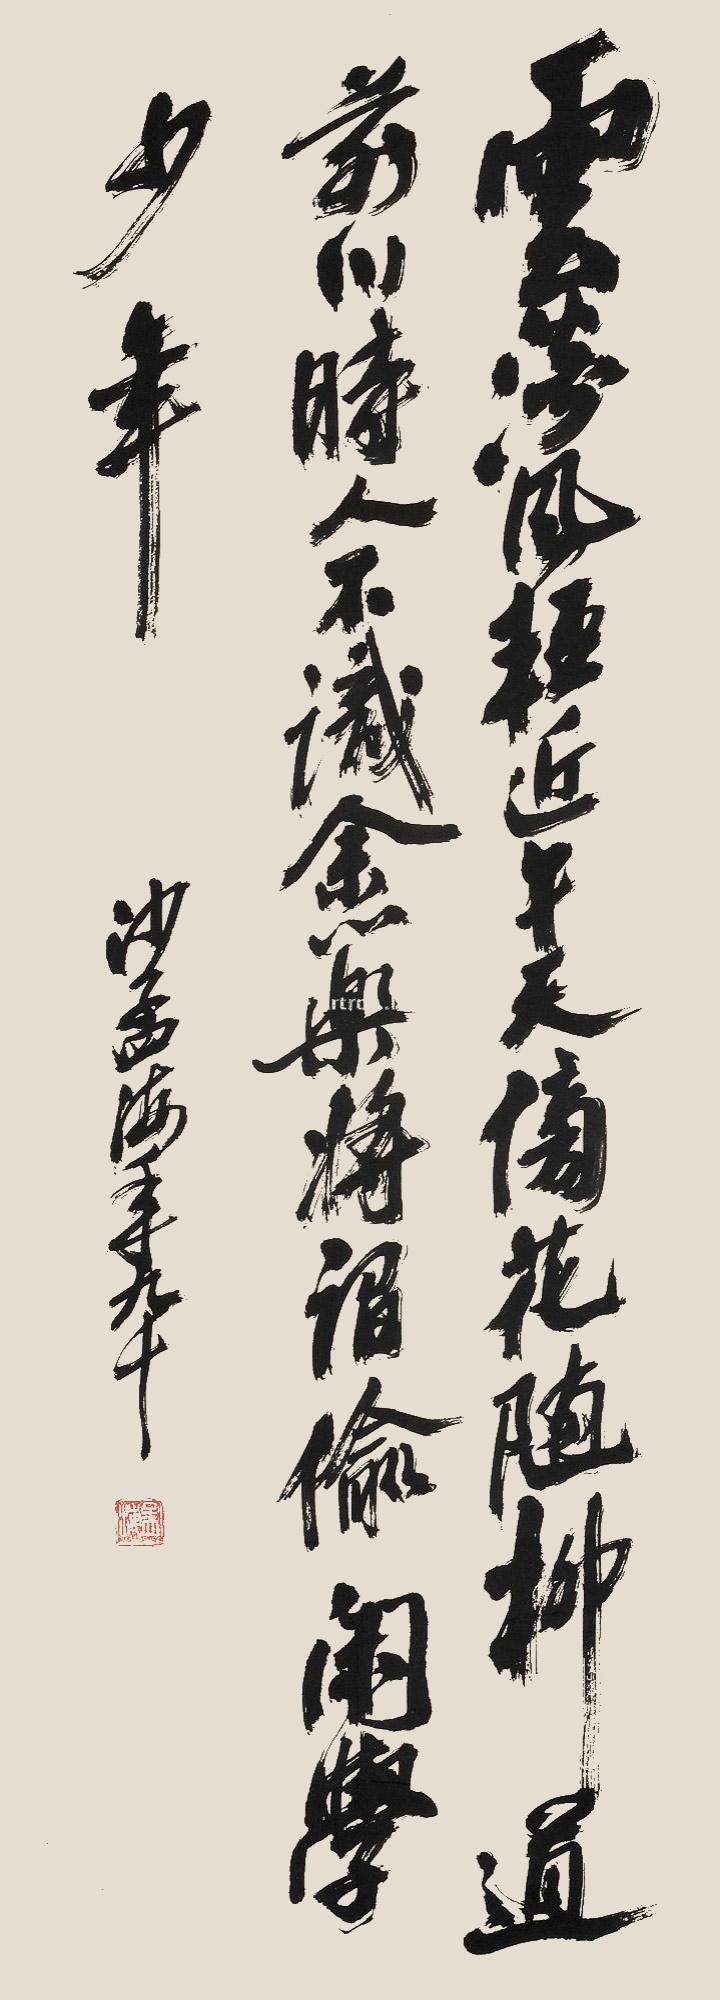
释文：云淡风轻近午天，傍花随柳过前川。时人不识余心乐，将谓偷闲学少年。沙孟海年九十。